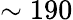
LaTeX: \sim 190